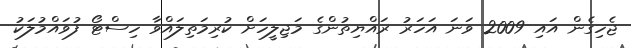
ޖެހިގެން އައި 2009 ވަނަ އަހަރު ރައްޔިތުންގެ މަޖިލީހަށް ކުރިމަތިލައްވާ ހިސްޓޯ ފުވައްމުލަކު